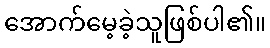
အောက်မေ့ခဲ့သူဖြစ်ပါ၏။